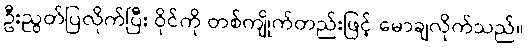
ဦးညွတ်ပြလိုက်ပြီး ဝိုင်ကို တစ်ကျိုက်တည်းဖြင့် မောချလိုက်သည်။